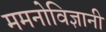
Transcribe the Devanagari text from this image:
ममनोविज्ञानी